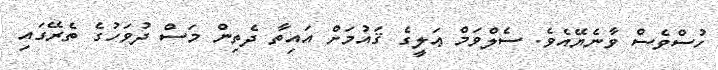
ހުސްވެސް ވާނެޔޭއެވެ. ސެލްވަމް ޢަލީގެ ޤައުމަށް އައިތާ ދެތިން މަސް ދުވަހުގެ ތެރޭގައި